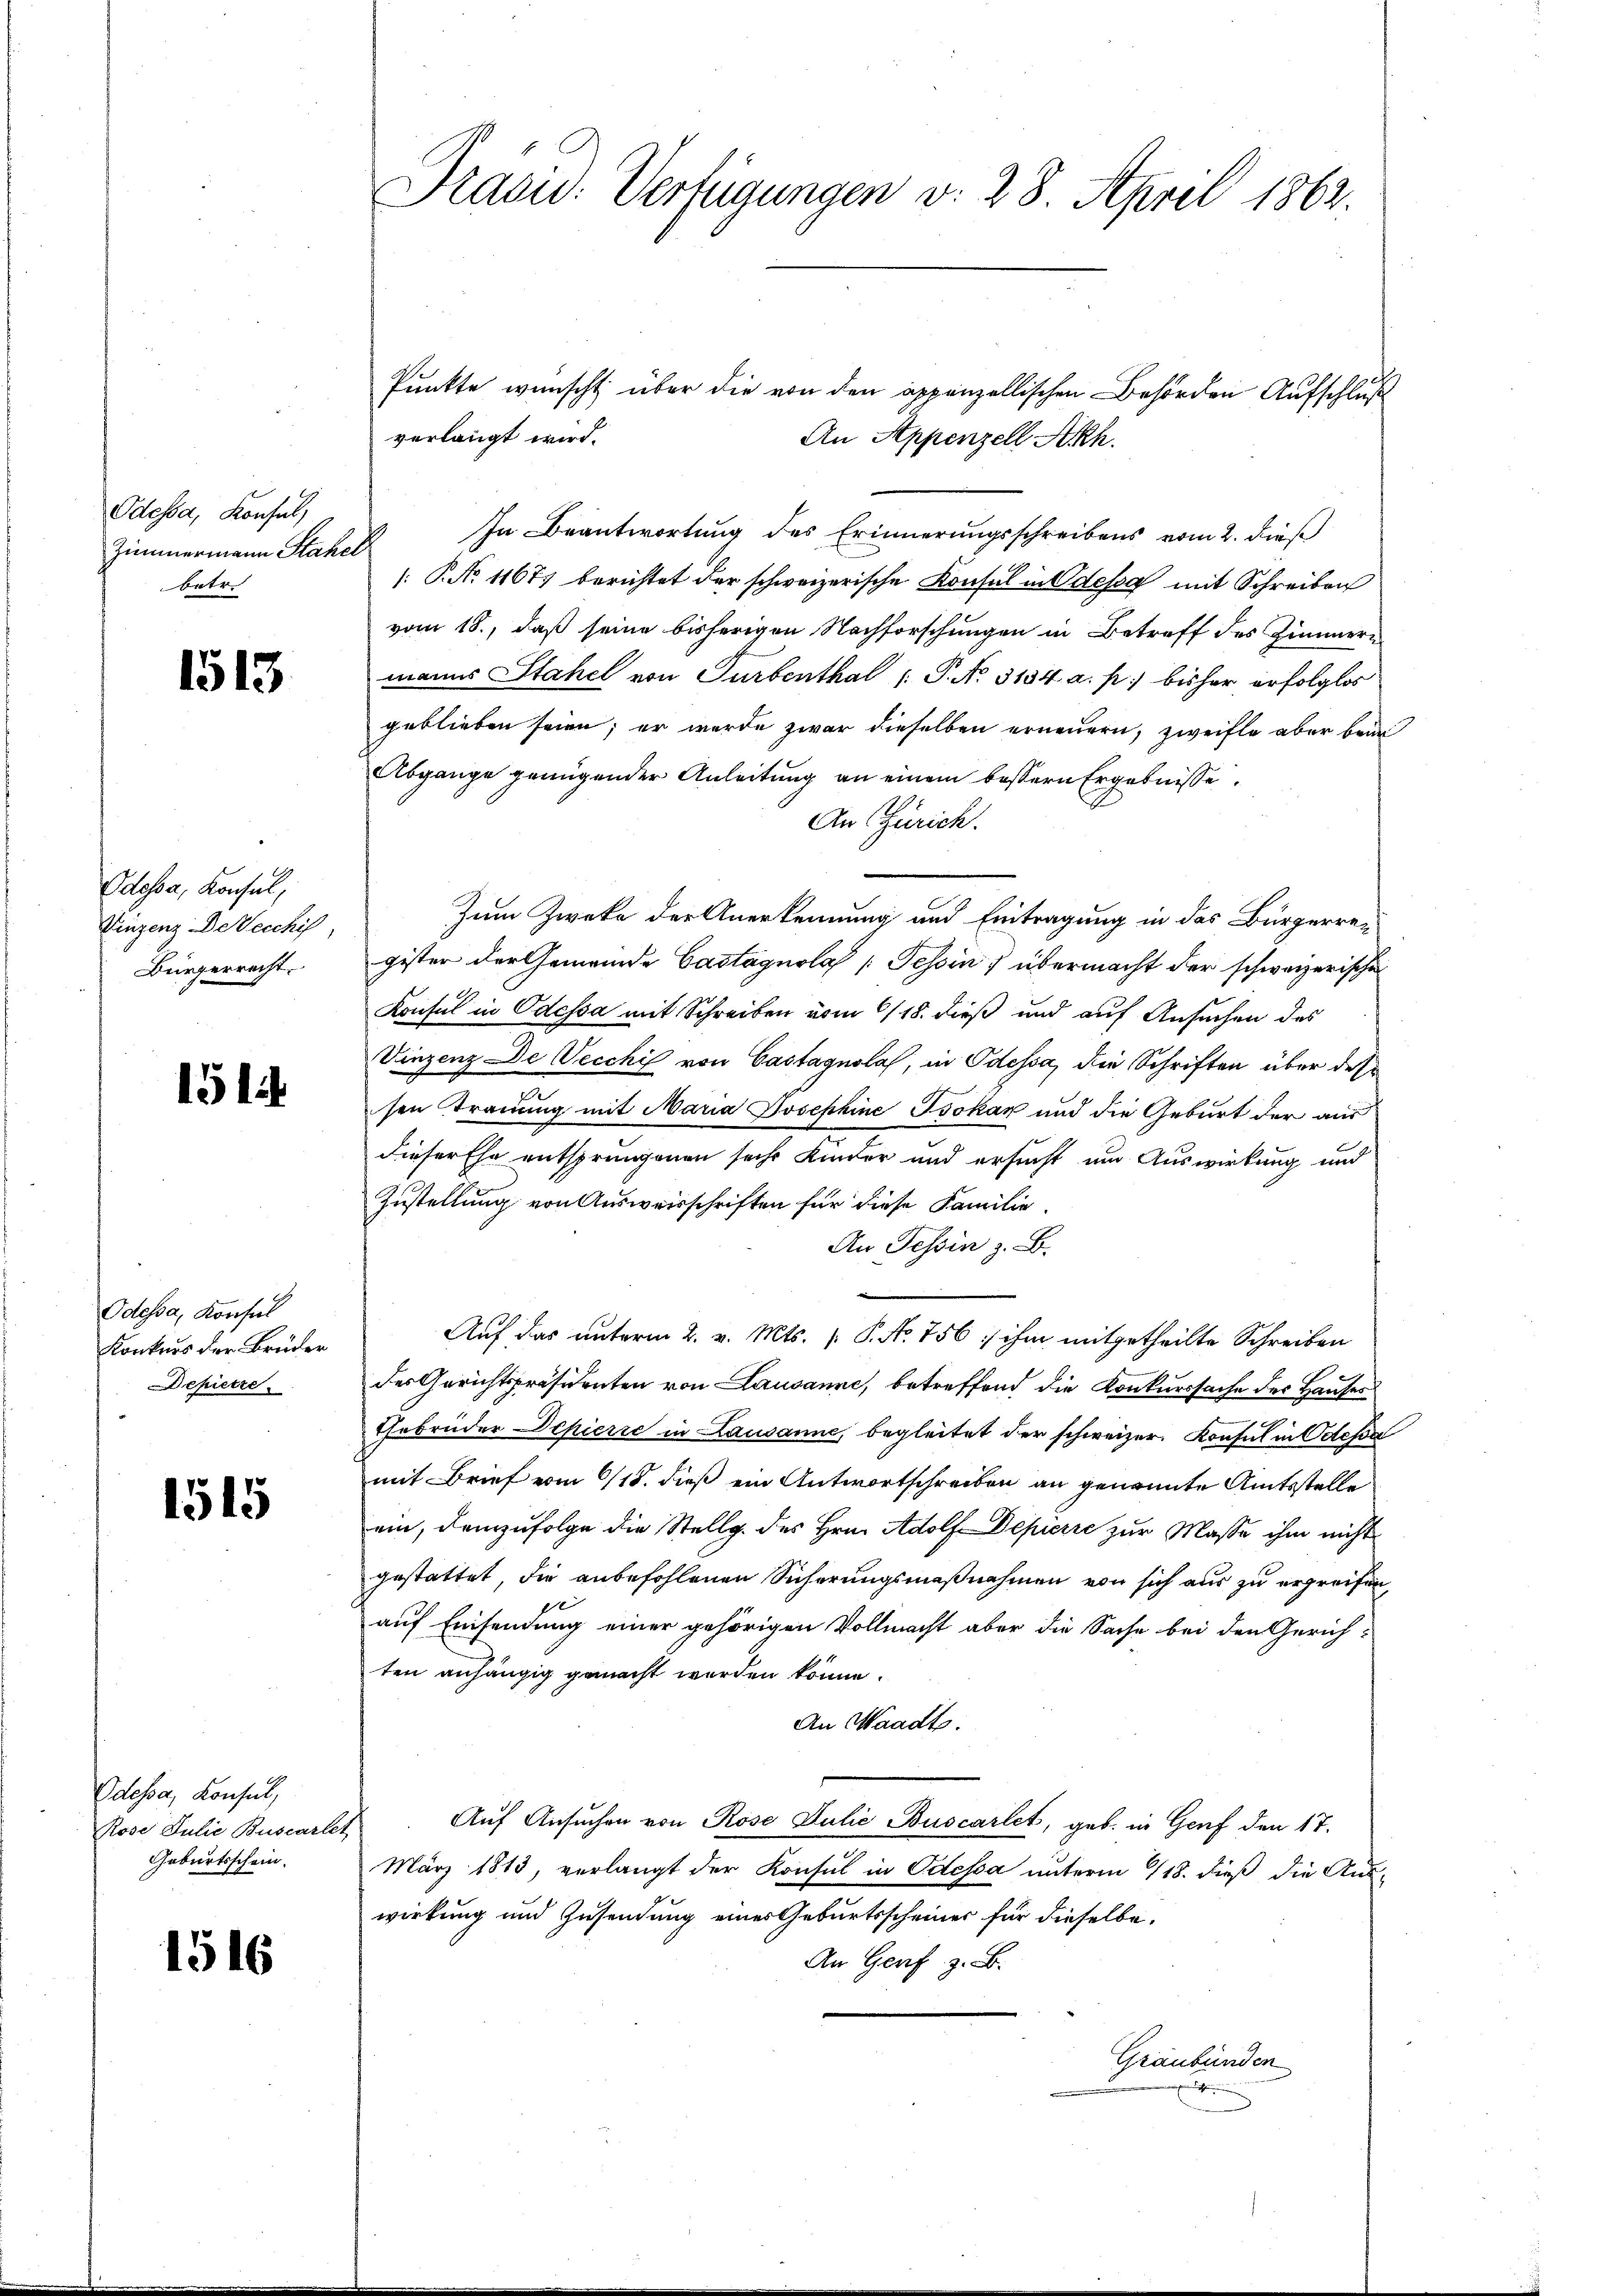
Odessa, Konsul
Zimmermann Stahel
betr.

1513

Odossa, Konsul,
Vinzenz Detecchi,
Bürgerrecht.

1514.

Odessa, Konsul
Konkurs der Brüder
epietre

1515

Odessa, Konsul,
Rose Julie Buscarlet
Geburtsschein.

1516

Fraou: Verfügungen v. 28. April 1862.

Punkte wünscht über die von den appenzellischen Behörden Aufschluß
An Appenzell Akh.
In Beantwortung des Erinnerungsschreibens vom 2. dieß
/: P. No 11671 berichtet der schweizerische Konsul in Odessa mit Schreiben
vom 18., daß seine bisherigen Nachforschungen in Betreff des Zimmern
manns Stahel von Turbenthal (: P. N. 3134. a. p. bisher erfolglos
geblieben seien; er wurde zwar dieselben erneuern, zweifle aber beim
Abgange genügender Anleitung an einem bessern Ergebnisse
An Zürich.
Zum Zweke der Anerkennung und Eintragung in das Bürgerre-
gister der Gemeinde Castagnola (Tessin übermacht der schweizerischen
Konsul in Odessa mit Schreiben vom 6/18. dieß und auf Ansuchen des
Vinzenz De Vecchi von Castagnolas, in Odessa, die Schriften über des
sen Trauung mit Maria Josephine Isokar und die Geburt der aus
dieser Ehe entspringenen sechs Kinder und ersucht um Auswirkung und
Zustellung von Ausweisschriften für diese Familie.
An Tessin z. B.
Auf das unterm 2. v. Mts. [ P. No. 756 : ihm mitgetheilte Schreiben
des Gerichtspräsidenten von Lausanne, betreffend die Konkurssache des Hauses
Gebrüder Schierie in Lausanne, begleitet der schweizer. Konsul in Odessa
mit Brief vom 6/18. dieß ein Antwortschreiben an genannte Amtsstelle
ein, demzufolge die Stellg. des Hrn. Adolf Depierre zur Masse ihm nicht
gestattet die anbefohlenen Sicherungsmaßnahmen von sich aus zu ergreifen,
auf Einsendung einer gehörigen Vollmacht aber die Sache bei den Gerichten anhängig gemacht worden könne.
An Waadt.
Auf Ansuchen von Rose Julie Buscartet, geb. in Genf den 17.
März 1813, verlangt der Konsul in Odessa unterm 118. dieß die Aus-
wirkung und Zusendung eines Geburtsscheiner für dieselbe,
An Genf z. B.
Graubünden
e

verlangt wird.